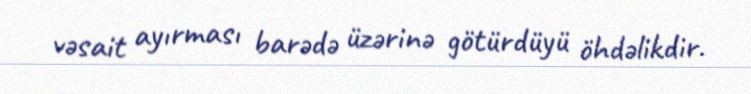
vəsait ayırması barədə üzərinə götürdüyü öhdəlikdir.